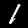
Label: 1